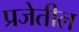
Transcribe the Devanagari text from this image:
प्रजेतील